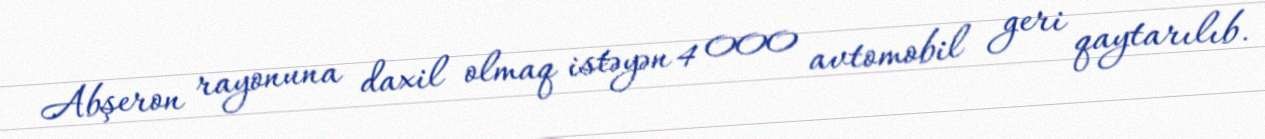
Abşeron rayonuna daxil olmaq istəyən 4 000 avtomobil geri qaytarılıb.